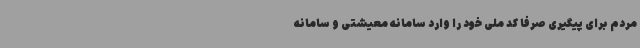
مردم برای پیگیری صرفاً کد ملی خود را وارد سامانه معیشتی و سامانه